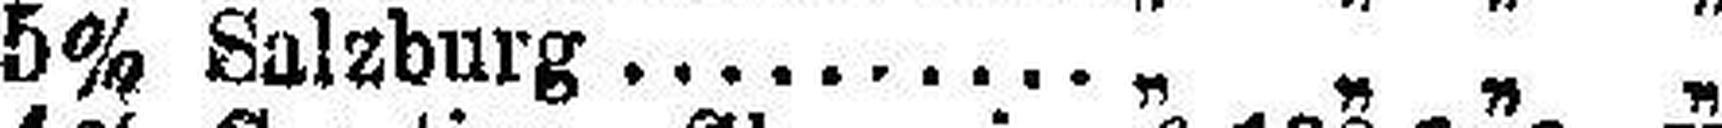
5% Salzburg .......... „ „ „ „